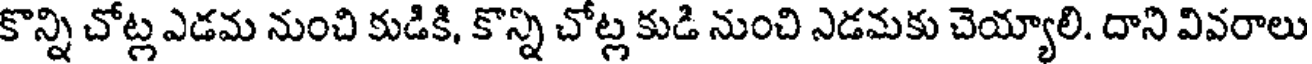
కొన్ని చోట్ల ఎడమ నుంచి కుడికి, కొన్ని చోట్ల కుడి నుంచి ఎడమకు చెయ్యాలి. దాని వివరాలు